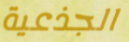
الجذعية